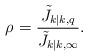
LaTeX: \begin{align*}\rho_{}=\frac{\tilde{J}_{k|k,q}}{\tilde{J}_{k|k,\infty}}.\end{align*}